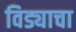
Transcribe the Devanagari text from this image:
विड्याचा